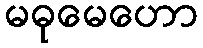
မဓုမေဟော